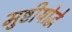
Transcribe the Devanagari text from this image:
मुष्टीयोद्धे